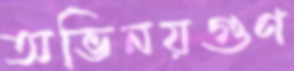
অভিনয়গুণ